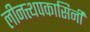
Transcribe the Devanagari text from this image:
लीनत्थपकासिनी